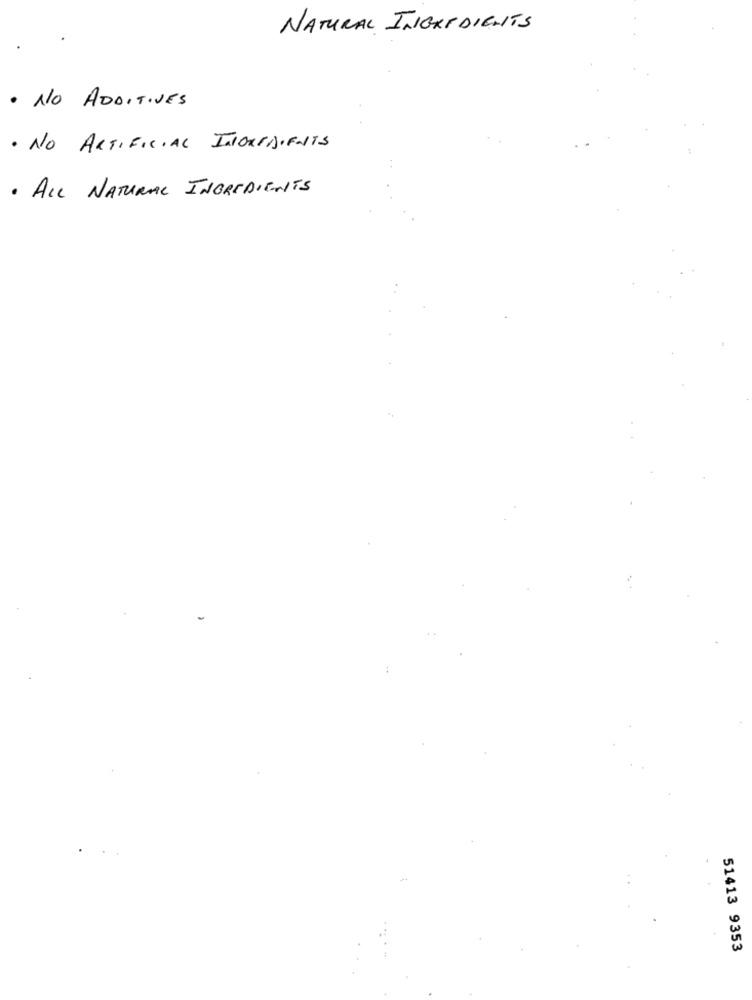
NATURAL INGREDIENTS
· NO ADDITIVES
· NO ARTIFICIAL INOREDIENTS
· ALL NATURAL INGREDIENTS
51413 9353